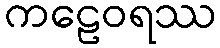
ကဠေဝရဿ